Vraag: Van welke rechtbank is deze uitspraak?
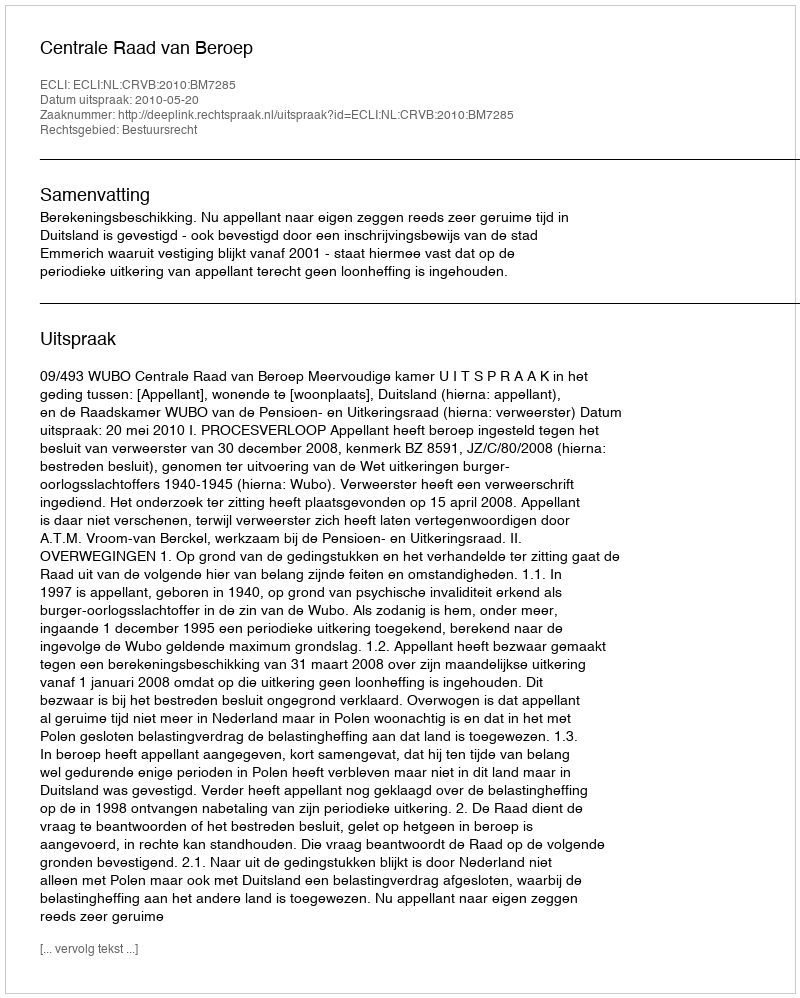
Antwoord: Centrale Raad van Beroep